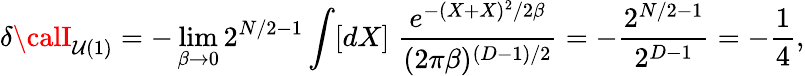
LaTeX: \delta{\calI}_{\mathcal{U}(1)}=-\operatorname*{lim}_{\beta\rightarrow0}2^{N/2-1}\int[dX]\; \frac{{e^{-(X+X)^{2}/2\beta}}}{{(2\pi\beta)^{(D-1)/2}}}=-\frac{{2^{N/2-1}}}{{2^{D-1}}}=-\frac{{1}}{{4}},